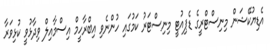
އެޑިޔުކޭޝަން މިނިސްޓްރީގެ ޑެޕިއުޓީ މިނިސްޓަރު ކަމުގައި ހުންނެވި އިބްރާހީމް އިސްމާއިލް ވިދާޅުވީ ކުޅިވަރާ